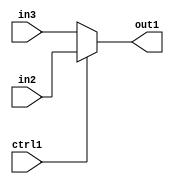
`timescale 1ps / 1ps
/*****************************************************************************
    Verilog RTL Description
    
    
    Created by: Stratus DpOpt 2019.1.01 
*******************************************************************************/

module fix2float_N_Mux_32_2_53_4_1 (
	in3,
	in2,
	ctrl1,
	out1
	); /* architecture "behavioural" */ 
input [31:0] in3,
	in2;
input  ctrl1;
output [31:0] out1;
wire [31:0] asc001;

reg [31:0] asc001_tmp_0;
assign asc001 = asc001_tmp_0;
always @ (ctrl1 or in2 or in3) begin
	case (ctrl1)
		1'B1 : asc001_tmp_0 = in2 ;
		default : asc001_tmp_0 = in3 ;
	endcase
end

assign out1 = asc001;
endmodule

/* CADENCE  uLn0Swo= : u9/ySgnWtBlWxVPRXgAZ4Og= ** DO NOT EDIT THIS LINE ******/